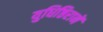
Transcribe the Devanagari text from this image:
युधिष्ठिरानें